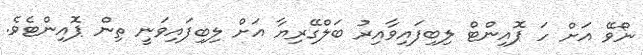
ނޯވޭ އަށް ހަ ޕޮއިންޓް ލިބިފައިވާއިރު ބަލްގޭރިޔާ އަށް ލިބިފައިވަނީ ތިން ޕޮއިންޓެވެ.